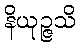
နိယုဉ္ဇသိ